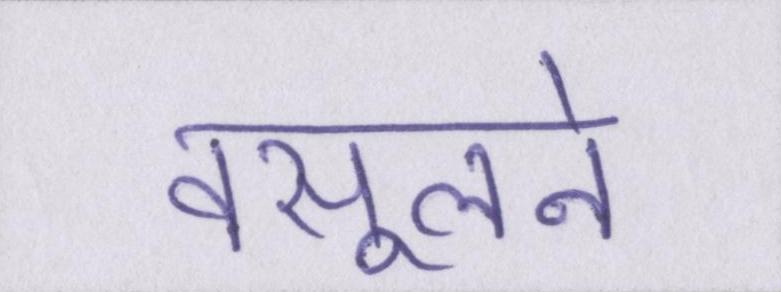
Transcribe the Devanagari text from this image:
वसूलने